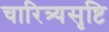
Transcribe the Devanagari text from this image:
चारित्र्यसृष्टि